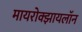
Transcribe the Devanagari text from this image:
मायरोक्झायलॉन